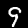
Digit: 9